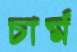
চার্ম